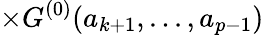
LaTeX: \times{G}^{(0)}(a_{k+1},...,a_{p-1})